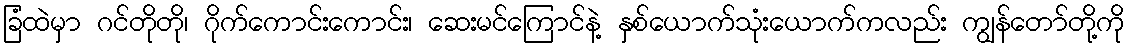
ခြံထဲမှာ ဂင်တိုတို၊ ဂိုက်ကောင်းကောင်း၊ ဆေးမင်ကြောင်နဲ့ နှစ်ယောက်သုံးယောက်ကလည်း ကျွန်တော်တို့ကို